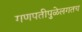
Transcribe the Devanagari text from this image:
गणपतीपुळेलगतच